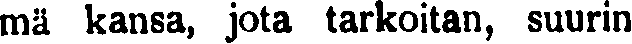
mä kansa, jota tarkoitan, suurin